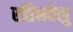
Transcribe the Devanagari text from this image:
रतिनवेलु